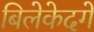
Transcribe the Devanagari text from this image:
बिलेकेदगे